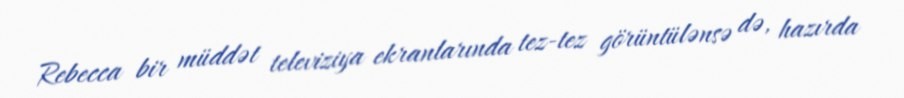
Rebecca bir müddət televiziya ekranlarında tez-tez görüntülənsə də, hazırda